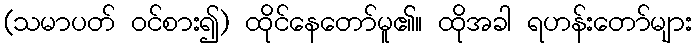
(သမာပတ် ဝင်စား၍) ထိုင်နေတော်မူ၏။ ထိုအခါ ရဟန်းတော်များ